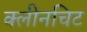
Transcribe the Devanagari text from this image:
क्लीनचिट